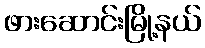
ဖားဆောင်းမြို့နယ်